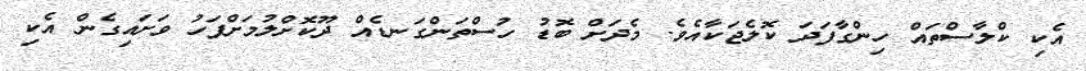
އެކި ކްލާސްތައް ހިންގާފަދަ ކޮލެޖަކާއެވެ. މެދަށް ބޮޑު ހުސްތަންގަނޑެއް ދޫކޮށްލުމަށްފަހު ވަށައިގެން އެކި